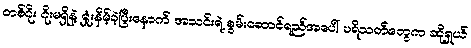
တစ်ဂိုး ဂိုးမရှိနဲ့ ရှုံးနိမ့်ခဲ့ပြီးနောက် အသင်းရဲ့ စွမ်းဆောင်ရည်အပေါ် ပရိသတ်တွေက ဆိုရှယ်